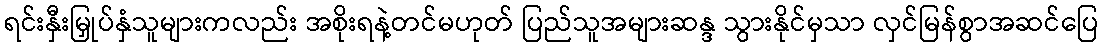
ရင်းနှီးမြှုပ်နှံသူများကလည်း အစိုးရနဲ့တင်မဟုတ် ပြည်သူအများဆန္ဒ သွားနိုင်မှသာ လှင်မြန်စွာအဆင်ပြေ